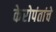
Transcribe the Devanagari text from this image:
केरोपंतांचे